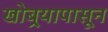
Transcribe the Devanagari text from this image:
खोबर्‍यापासून